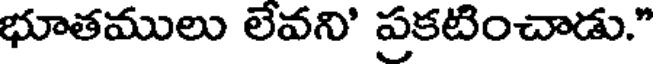
భూతములు లేవని' ప్రకటించాడు."